Annual report on the Civil Veterinary Department, Burma (including the Insein Veterinary School) - 1923-1931
Year: 1923
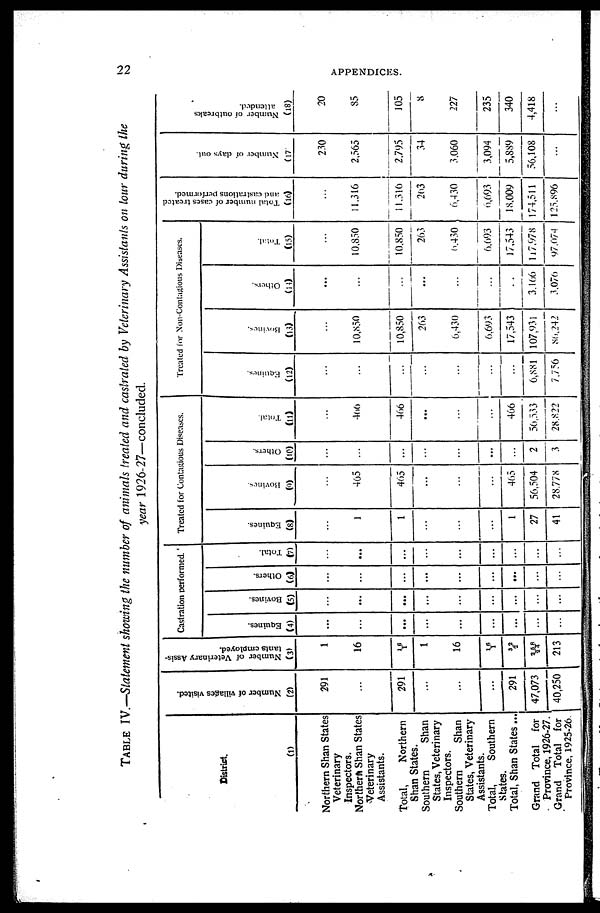
22
APPENDICES.
TABLE IV.—Statement showing the number of animals treated and castrated by Veterinary Assistants on tour during the
year 1926-27—concluded.
District.
(1)
Northern Shan States
Veterinary
Inspectors.
Northern Shan States
Veterinary
Assistants.
Total,
Northern
Shan States.
Southern
Shan
States, Veterinary
Inspectors.
Southern
Shan
States, Veterinary
Assistants.
Total, Southern
States.
Total, Shan States ...
Grand Total for
Province, 1926-27.
Grand Total for
Province, 1925-26.
Number of villages visited.
(2)
291
...
291
...
...
...
291
47,073
1 40,250
Number of Veterinary Assis-
tants employed.
(3)
1
16
1 6
1
1
16
16 1
32
2
258
24
213
Castration performed.
Equines.
(4)
...
...
...
...
...
...
...
...
...
Bovines.
(5)
...
...
...
...
...
...
...
...
...
Others.
(6)
...
...
...
...
...
...
...
...
...
Total.
(7)
...
...
...
...
...
...
...
...
...
Treated for Contagious Diseases.
Equines.
(8)
...
1
1
...
...
...
1
27
41
Bovines.
(9)
...
465
465
...
...
...
465
56,504
28,778
Others.
(10)
...
...
...
...
...
...
2
3
Total.
(11)
...
466
466
...
...
...
466
56,533
28,822
Treated for Non-Contagious Diseases.
Equines.
(12)
...
...
...
...
...
...
...
6,881
7,756
Bovines.
(13)
...
10,850
10,850
263
6,430
6,693
17,543
107,931
86,242
Others.
(14)
...
...
...
...
...
...
...
3,166
3,076
Total.
(15)
...
10,850
10,850
263
6,430
6,693
17,543
117,978
97,074
Total number of cases treated
and castrations performed.
(16)
...
11,316
11,316
263
6,430
6,693
18,009
174,511
125,896
Number of days out.
(17
230
2,565
2,795
34
3,060
3,094
5,889
56,108
...
Number of outbreaks
attended.
(18)
20
85
105
8
227
235
340
4,418
...